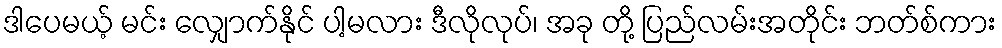
ဒါပေမယ့် မင်း လျှောက်နိုင် ပါ့မလား ဒီလိုလုပ်၊ အခု တို့ ပြည်လမ်းအတိုင်း ဘတ်စ်ကား